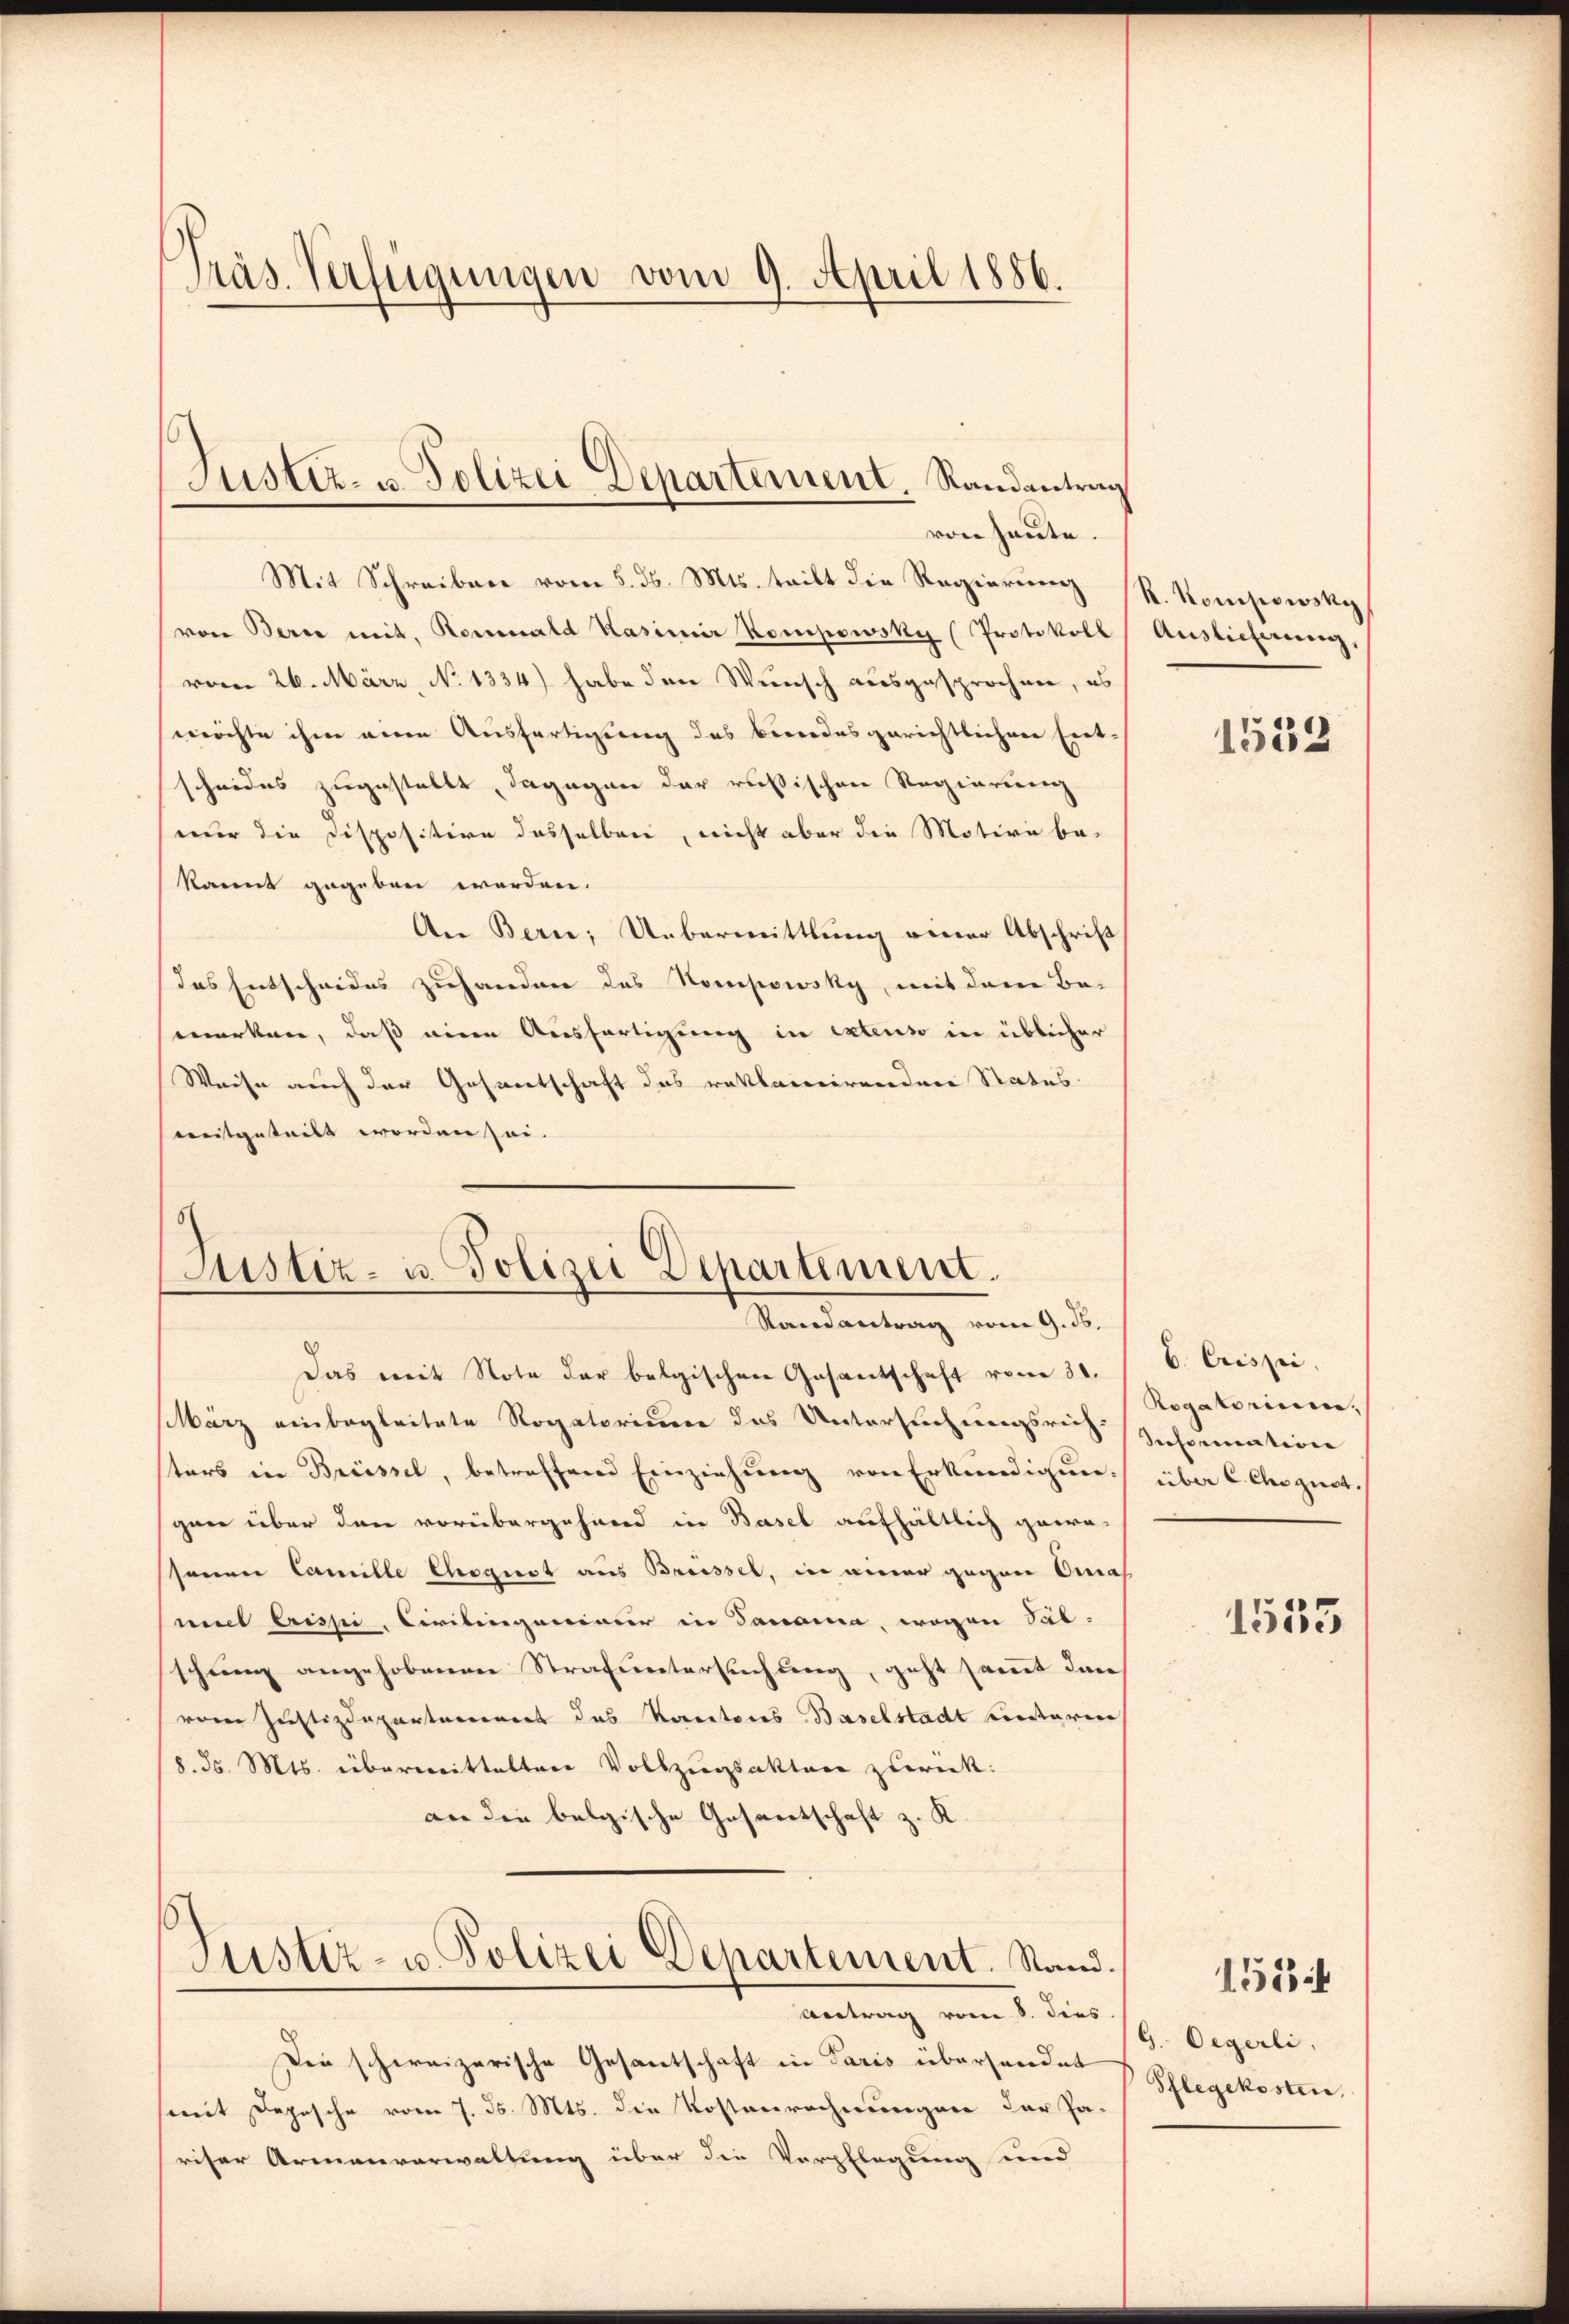
Präs. Verfügungen vom 9. April 1886.

Mit Schreiben vom 5. ds. Mts. tritt die Regierung R. Kompowsky
von Berne mit. Rosenald Kasimir Kompowsky (Protokoll
vom 26. März, N. 1334) habe der Wunsch ausgesprochen, es
möchte ihm eine Ausfertigung des Bundesgerichtlichen Ent-
scheides zugestellt, dagegen der russischen Regierung
nur die Dispositire desselben, nicht aber die Motive be-
kannt gegeben worden.
An Bern, Uebermittlung einer Abschrift
das Entscheides zuhanden das Nompowsky, mit dem Be-
werken, daß eine Ausfertigung in extens in üblicher
Weise auch der Gesantschaft das reklamirenden Status
meitgeteilt worden sei. |

Justiz- u. Polizei Departement. Randantrag
von heute.

)
Justiz- u. Polizei Departement.
Randantrag vom 9. ds.

sters in Brüssel, betreffend Einziehung von Erkundigun-
gaer über den vorübergehend in Basel aufhältlich gern-
senen Camille Chogust aus Breissel, in einer gegen Anas
mit Erissi, Civilingenimer in Janoma, wegen Sub-
schein angehobenen Strafuntersuchung, geht sammt dan
vom Justizdepartareinert das Kantons Baselstadt ventarin
8. d. Mts. übermitteltere Vollzugsakten zurück:
an die belgische Gesantschaft z. K

Antrag vom 8. dies
Die schweizerische Gesantschaft in Paris übersendet
mit Depesche vom 7. ds. Mts. die Kostenrechnungen der Pa-
sriser Armenverwaltung über die Verpflegung und

Justiz- u. Polizei Departement. Stand.

Auslieferung,

Das mit Note der belgischen Gesantschaft vom 31.
März einbegleitete Rogatorium das Untersuchungsrich Inhomenterre

1552

b. Crissei
Rogatorium,
über C. Christ.

1535

G. Oegerli,
Pflegekosten,

151